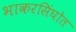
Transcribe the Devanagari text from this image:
भाकरसिंघोत